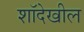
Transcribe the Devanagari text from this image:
शॉदेखील